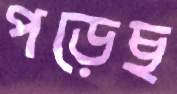
পড়েছ